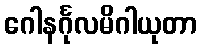
ဂေါနင်္ဂုလမိဂါယုတာ